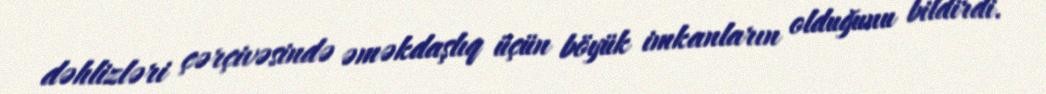
dəhlizləri çərçivəsində əməkdaşlıq üçün böyük imkanların olduğunu bildirdi.